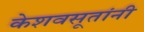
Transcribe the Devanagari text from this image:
केशवसूतांनी